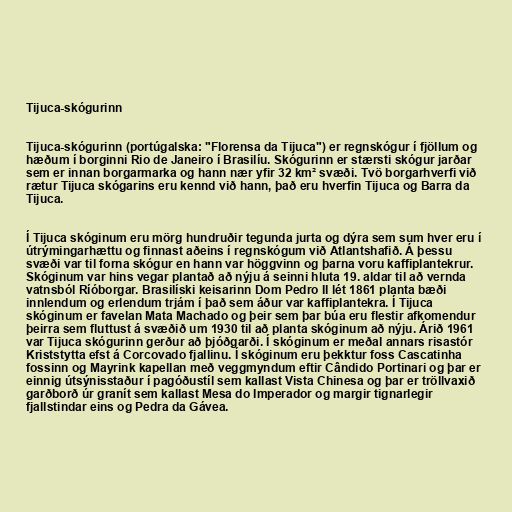
Tijuca-skógurinn

Tijuca-skógurinn (portúgalska: "Florensa da Tijuca") er regnskógur í fjöllum og
hæðum í borginni Rio de Janeiro í Brasilíu. Skógurinn er stærsti skógur jarðar
sem er innan borgarmarka og hann nær yfir 32 km² svæði. Tvö borgarhverfi við
rætur Tijuca skógarins eru kennd við hann, það eru hverfin Tijuca og Barra da
Tijuca.

Í Tijuca skóginum eru mörg hundruðir tegunda jurta og dýra sem sum hver eru í
útrýmingarhættu og finnast aðeins í regnskógum við Atlantshafið. Á þessu
svæði var til forna skógur en hann var höggvinn og þarna voru kaffiplantekrur.
Skóginum var hins vegar plantað að nýju á seinni hluta 19. aldar til að vernda
vatnsból Ríóborgar. Brasilíski keisarinn Dom Pedro II lét 1861 planta bæði
innlendum og erlendum trjám í það sem áður var kaffiplantekra. Í Tijuca
skóginum er favelan Mata Machado og þeir sem þar búa eru flestir afkomendur
þeirra sem fluttust á svæðið um 1930 til að planta skóginum að nýju. Árið 1961
var Tijuca skógurinn gerður að þjóðgarði. Í skóginum er meðal annars risastór
Kriststytta efst á Corcovado fjallinu. Í skóginum eru þekktur foss Cascatinha
fossinn og Mayrink kapellan með veggmyndum eftir Cândido Portinari og þar er
einnig útsýnisstaður í pagóðustíl sem kallast Vista Chinesa og þar er tröllvaxið
garðborð úr granít sem kallast Mesa do Imperador og margir tignarlegir
fjallstindar eins og Pedra da Gávea.